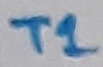
Text: T1